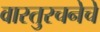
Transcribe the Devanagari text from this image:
वास्तुरचनेचे